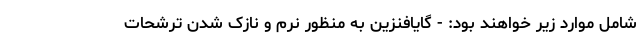
شامل موارد زیر خواهند بود: - گایافنزین به منظور نرم و نازک شدن ترشحات